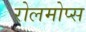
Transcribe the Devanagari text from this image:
रोलमोप्स